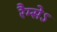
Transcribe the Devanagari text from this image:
रैम्सेऽ